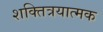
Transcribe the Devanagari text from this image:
शक्तित्रयात्मक